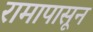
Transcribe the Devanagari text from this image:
रामापासून